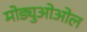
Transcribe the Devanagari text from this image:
मोड्युओओल